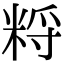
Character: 𥹽